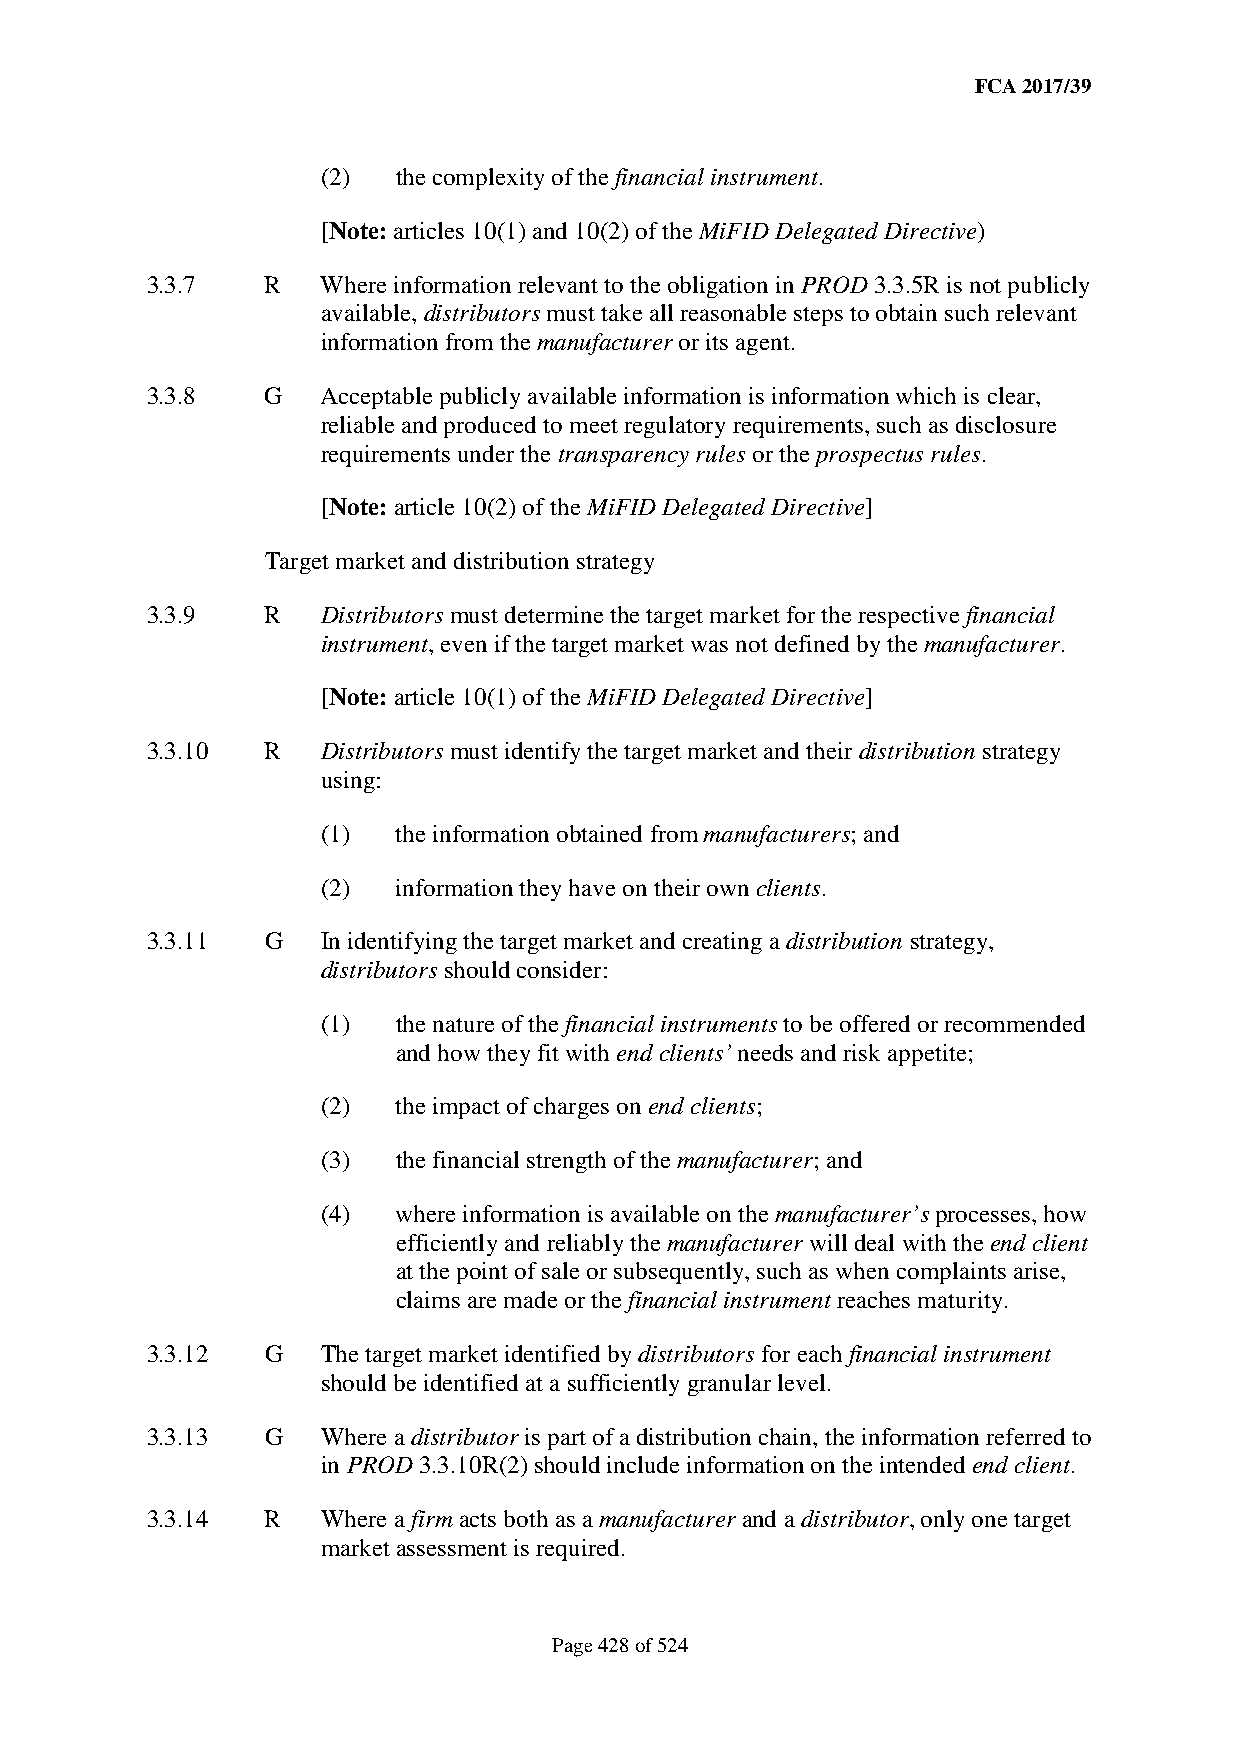
FCA 2017/39
 (2)  the complexity of the financial instrument.
 [Note: articles 10(1) and 10(2) of the MiFID Delegated Directive)
 3.3.7   R  Where information relevant to the obligation in PROD 3.3.5R is not publicly
 available, distributors must take all reasonable steps to obtain such relevant
 information from the manufacturer or its agent.
 3.3.8   G  Acceptable publicly available information is information which is clear,
 reliable and produced to meet regulatory requirements, such as disclosure
 requirements under the transparency rules or the prospectus rules.
 [Note: article 10(2) of the MiFID Delegated Directive]
 Target market and distribution strategy
 3.3.9   R  Distributors must determine the target market for the respective financial
 instrument, even if the target market was not defined by the manufacturer.
 [Note: article 10(1) of the MiFID Delegated Directive]
 3.3.10  R  Distributors must identify the target market and their distribution strategy
 using:
 (1)  the information obtained from manufacturers; and
 (2)  information they have on their own clients.
 3.3.11  G  In identifying the target market and creating a distribution strategy,
 distributors should consider:
 (1)  the nature of the financial instruments to be offered or recommended
 and how they fit with end clients’ needs and risk appetite;
 (2)  the impact of charges on end clients;
 (3)  the financial strength of the manufacturer; and
 (4)  where information is available on the manufacturer’s processes, how
 efficiently and reliably the manufacturer will deal with the end client
 at the point of sale or subsequently, such as when complaints arise,
 claims are made or the financial instrument reaches maturity.
 3.3.12  G  The target market identified by distributors for each financial instrument
 should be identified at a sufficiently granular level.
 3.3.13  G  Where a distributor is part of a distribution chain, the information referred to
 in PROD 3.3.10R(2) should include information on the intended end client.
 3.3.14  R  Where a firm acts both as a manufacturer and a distributor, only one target
 market assessment is required.
 Page 428 of 524